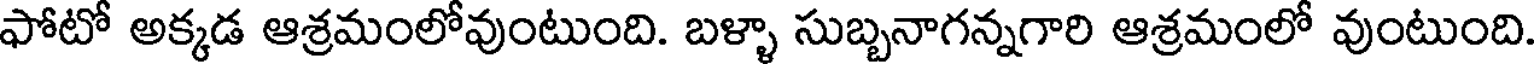
ఫోటో అక్కడ ఆశ్రమంలోవుంటుంది. బళ్ళా సుబ్బనాగన్నగారి ఆశ్రమంలో వుంటుంది.